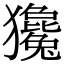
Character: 㺥